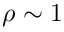
\rho \sim 1